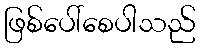
ဖြစ်ပေါ်စေပါသည်